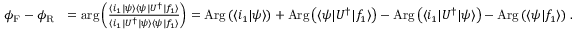
\begin{array} { r l } { \phi _ { \mathrm { F } } - \phi _ { \mathrm { R } } } & { = \mathrm { a r g } \left( \frac { \langle i _ { 1 } | \psi \rangle \langle \psi | U ^ { \dagger } | f _ { 1 } \rangle } { \langle i _ { 1 } | U ^ { \dagger } | \psi \rangle \langle \psi | f _ { 1 } \rangle } \right) = \mathrm { A r g } \left( \langle i _ { 1 } | \psi \rangle \right) + \mathrm { A r g } \left( \langle \psi | U ^ { \dagger } | f _ { 1 } \rangle \right) - \mathrm { A r g } \left( \langle i _ { 1 } | U ^ { \dagger } | \psi \rangle \right) - \mathrm { A r g } \left( \langle \psi | f _ { 1 } \rangle \right) \, . } \end{array}